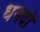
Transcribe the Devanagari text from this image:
धनदो